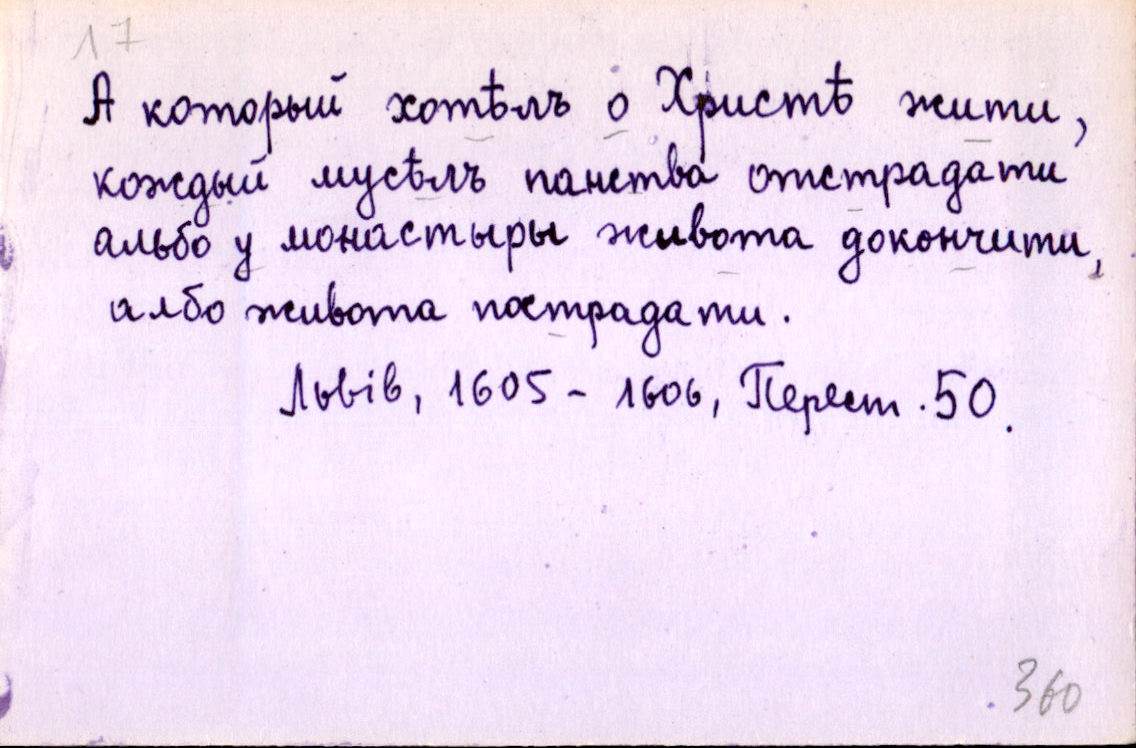
А который хотѣлъ о Христѣ жити,
кождый мусѣлъ панства отстрадати
албо у монастыры живота докончити,
албо живота пострадати.
Львів, 1605-1606, Перест. 50.